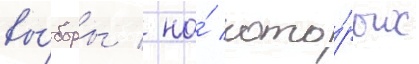
вы́боры / на́ кото́рых